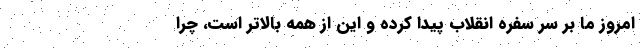
امروز ما بر سر سفره انقلاب پیدا کرده و این از همه بالاتر است، چرا